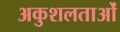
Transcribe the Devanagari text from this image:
अकुशलताओं